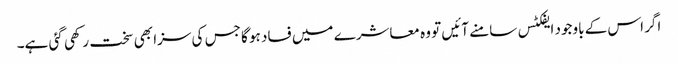
اگر اس کے باوجود ایفکٹس سامنے آئیں تو وہ معاشرے میں فساد ہو گا جس کی سزا بھی سخت رکھی گئی ہے۔